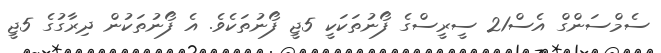
ސެމްސަންގް އެސް21 ސީރީސްގެ ފޯނުތަކަކީ 5ޖީ ފޯނުތަކެވެ. އެ ފޯނުތަކުން ދިރާގުގެ 5ޖީ